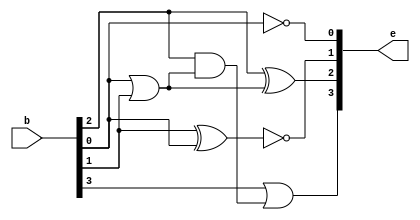
module bcd_to_excess3 (e,b);
input [3:0]b;
output [3:0]e;
wire or_b0_b1;
wire andb2_orb0_b1;
or(or_b0_b1,b[0],b[1]);
and(andb2_orb0_b1,b[2],or_b0_b1);
or(e[3],b[3],andb2_orb0_b1);
xor(e[2],b[2],or_b0_b1);
xnor(e[1],b[1],b[0]);
not(e[0],b[0]);
    
endmodule

module bcd_to_excess3_tester;

reg [3:0]b;
wire [3:0]e;

bcd_to_excess3 bcd(e,b);
initial
begin
     #0 b =   4'b0001;
     #100 b = 4'b0010;
     #100 b = 4'b0011;
     #100 b = 4'b0100;
     #100 b = 4'b0101;
     #100 b = 4'b0110;
     #100 b = 4'b0111;
     #100 b=  4'b1000;
     #100 b = 4'b1001;
     #100 b = 4'b1010;
     #100 b = 4'b1011;
     #100 b = 4'b1100;
end

endmodule